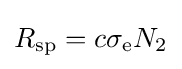
R_{\rm {sp}}=c\sigma _{\rm {e}}N_{2}